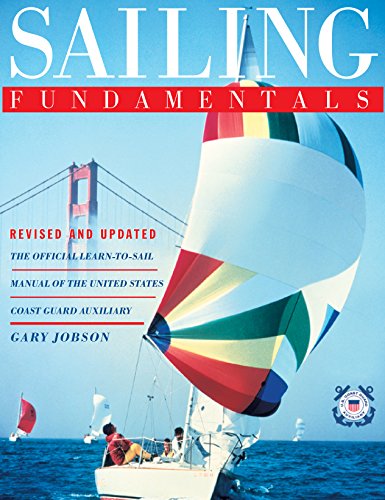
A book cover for Sailing Fundamentals; Gary Jobson; Sports & Outdoors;